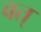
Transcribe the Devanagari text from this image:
वत्